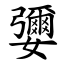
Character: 㜷